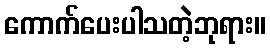
ကောက်ပေးပါသတဲ့ဘုရား။